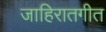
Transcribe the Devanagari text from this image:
जाहिरातगीत